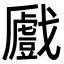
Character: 𢨛